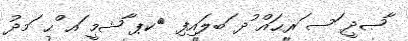
ާޞދީ ަސ ަރޙައް ުދ ަބލައިފި 	ކޕ ާޝމީ ައ ްޙ ަމދު